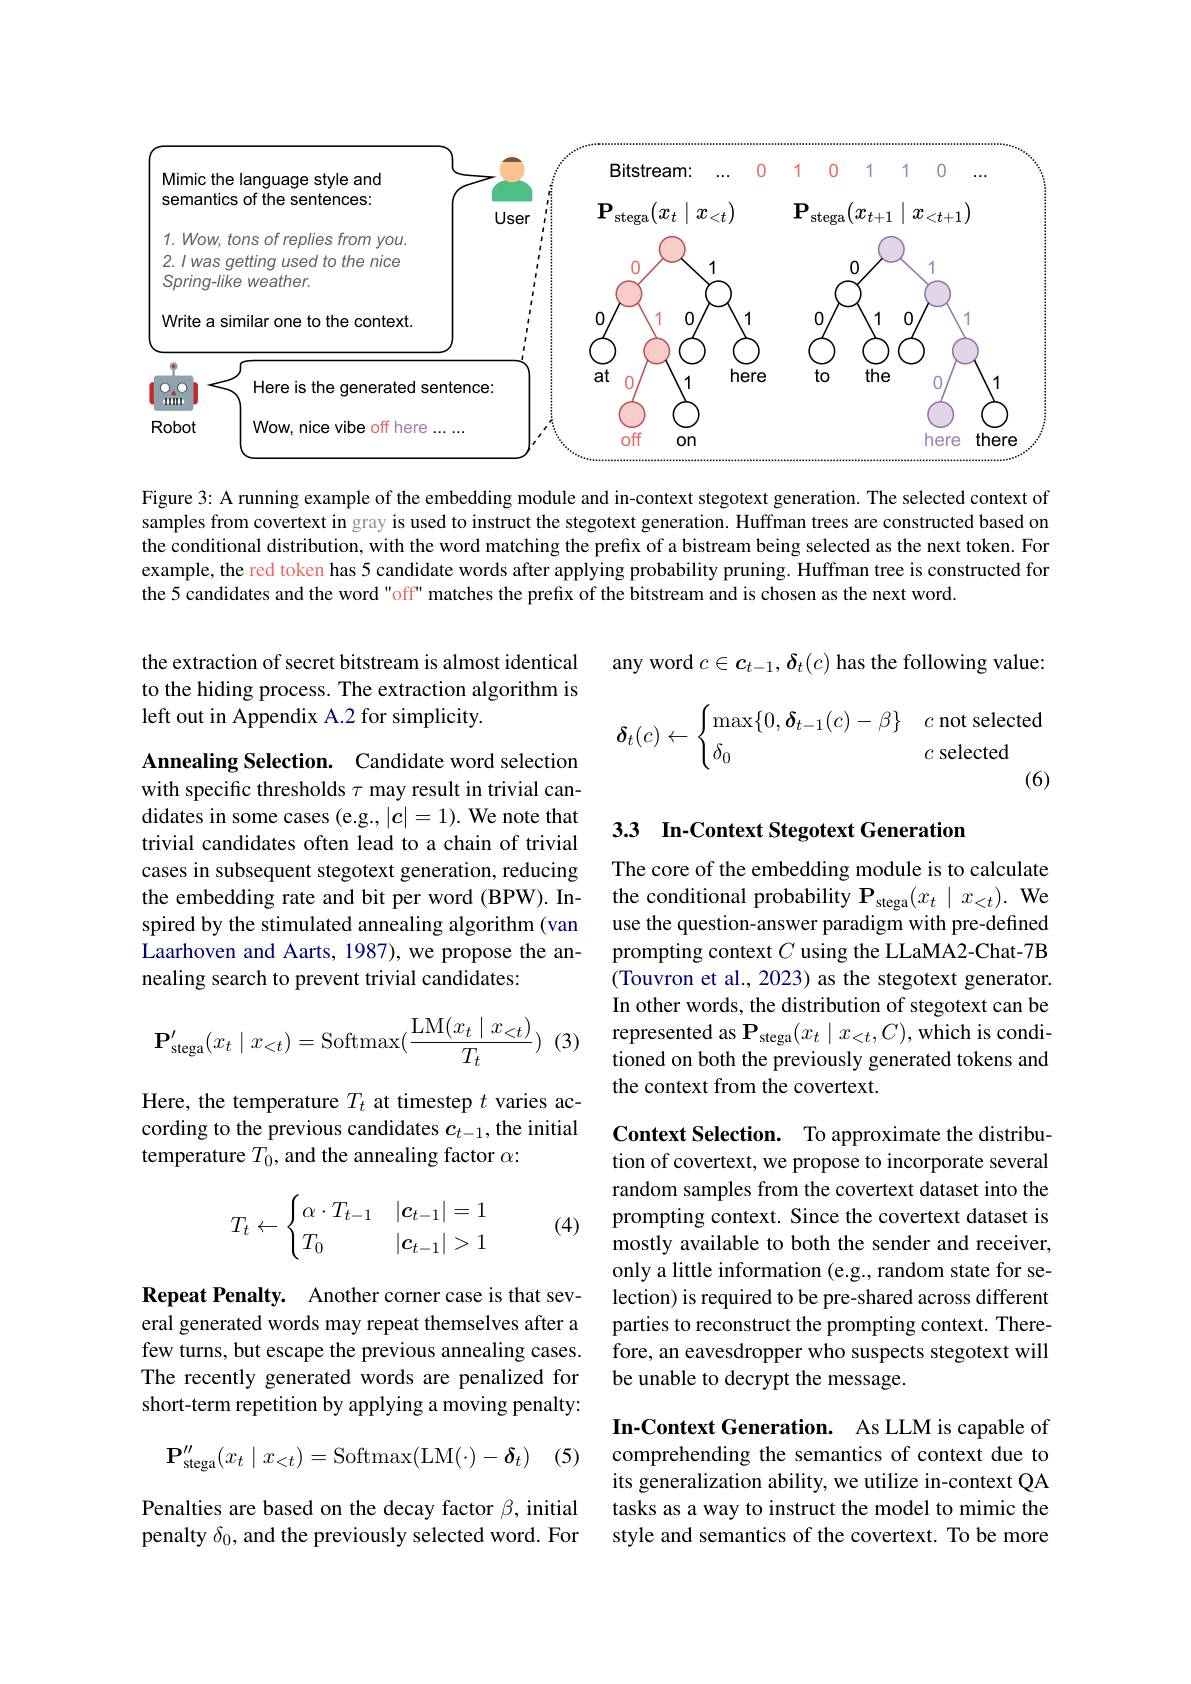
<FigureHere>

Figure 3: A running example of the embedding module and in-context stegotext generation. The selected context of samples from covertext in gray is used to instruct the stegotext generation. Huffman trees are constructed based on the conditional distribution, with the word matching the prefix of a bistream being selected as the next token. For example, the red token has 5 candidate words after applying probability pruning. Huffman tree is constructed for the 5 candidates and the word "off" matches the prefix of the bitstream and is chosen as the next word.

the extraction of secret bitstream is almost identical to the hiding process. The extraction algorithm is left out in Appendix A.2 for simplicity.

any word $c\in\boldsymbol{c}_{t-1},\boldsymbol{\delta}_{t}(c)$ has the following value:
$$\boldsymbol\delta_t(c)\leftarrow\begin{cases}\max\{0,\boldsymbol\delta_{t-1}(c)-\beta\}&c\text{not selected}\\\delta_0&c\text{selected}\end{cases}$$
(6)

## 3.3 In-Context Stegotext Generation

Annealing Selection. Candidate word selection with specific thresholds $\tau$ may result in trivial candidates in some cases (e.g., |c|=1). We note that trivial candidates often lead to a chain of trivial cases in subsequent stegotext generation, reducing the embedding rate and bit per word (BPW). Inspired by the stimulated annealing algorithm (van Laarhoven and Aarts, 1987), we propose the annealing search to prevent trivial candidates:

The core of the embedding module is to calculate the conditional probability $\mathbf{P}_{\mathrm{stega}}(x_{t}\mid x_{<t}).$ We use the question-answer paradigm with pre-defined prompting context $C$ using the LLaMA2-Chat-7B (Touvron et al., 2023) as the stegotext generator. In other words, the distribution of stegotext can be represented as $\mathbf{P}_{\mathrm{stega}}(x_t\mid x_{<t},C)$,which is conditioned on both the previously generated tokens and the context from the covertext.

(3)
$$\mathbf P'_{\text{stega}}(x_t\mid x_{<t})=\text{Softmax}(\dfrac{\text{LM}(x_t\mid x_{<t})}{T_t})$$
Here, the temperature $T_t$ at timestep $t$ varies according to the previous candidates $c_t-1$, the initial temperature $T_0$, and the annealing factor $\alpha:$

(4)
$$T_t\leftarrow\begin{cases}\alpha\cdot T_{t-1}&|\boldsymbol c_{t-1}|=1\\T_0&|\boldsymbol c_{t-1}|>1\end{cases}$$
Context Selection. To approximate the distribution of covertext, we propose to incorporate several random samples from the covertext dataset into the prompting context. Since the covertext dataset is mostly available to both the sender and receiver, only a little information (e.g., random state for selection) is required to be pre-shared across different parties to reconstruct the prompting context. Therefore, an eavesdropper who suspects stegotext will be unable to decrypt the message.

Repeat Penalty. Another corner case is that several generated words may repeat themselves after a few turns, but escape the previous annealing cases. The recently generated words are penalized for short-term repetition by applying a moving penalty:
$$\mathbf{P}_{\mathrm{stega}}^{\prime\prime}(x_t\mid x_{<t})=\mathrm{Softmax}(\mathrm{LM}(\cdot)-\boldsymbol{\delta}_t)$$
(5)

In-Context Generation. As LLM is capable of comprehending the semantics of context due to its generalization ability, we utilize in-context QA tasks as a way to instruct the model to mimic the style and semantics of the covertext. To be more

Penalties are based on the decay factor $\beta$, initial penalty $\delta_0$, and the previously selected word. For